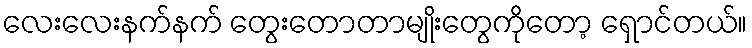
လေးလေးနက်နက် တွေးတောတာမျိုးတွေကိုတော့ ရှောင်တယ်။